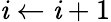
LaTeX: \mathit{i}\gets\mathit{i}+1